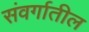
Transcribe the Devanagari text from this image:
संवर्गातील